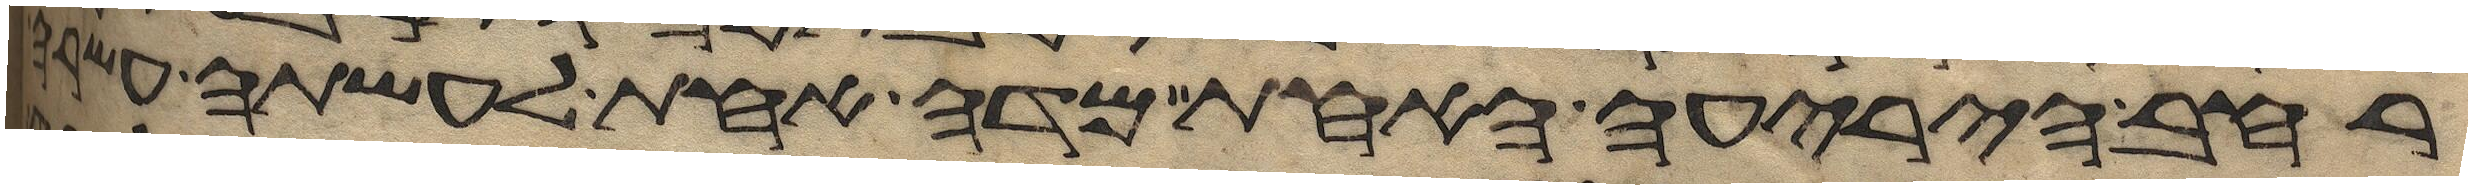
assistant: רחב היריעה האחת מדה אחת לעשתה עשרה